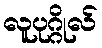
လူပုဂ္ဂိုလ်